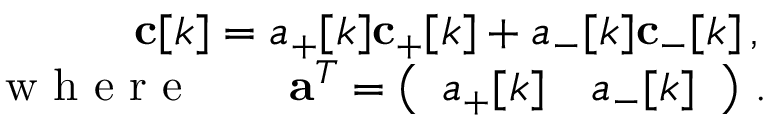
\begin{array} { r } { \mathbf { c } [ k ] = a _ { + } [ k ] \mathbf { c } _ { + } [ k ] + a _ { - } [ k ] \mathbf { c } _ { - } [ k ] \, , \ } \\ { \mathrm { ~ w ~ h ~ e ~ r ~ e ~ } \qquad \mathbf { a } ^ { T } = \left( \begin{array} { l l } { a _ { + } [ k ] } & { a _ { - } [ k ] } \end{array} \right) \, . \, } \end{array}